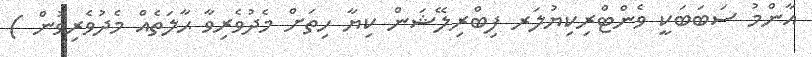
އާންމު ސަބަބަކީ ވެންޓްރިކިޔުލަރ ފިބްރިލޭޝަން ކިޔާ ހިތަށް މެދުވެރިވާ ޙާލަތެއް މެދުވެރިވުން )